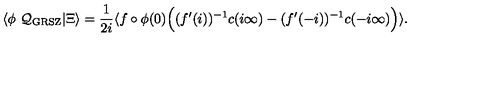
\langle \phi \ { \cal Q _ { \mathrm { G R S Z } } } | \Xi \rangle = { \frac { 1 } { 2 i } } \langle f \circ \phi ( 0 ) \Bigl ( ( f ^ { \prime } ( i ) ) ^ { - 1 } c ( i \infty ) - ( f ^ { \prime } ( - i ) ) ^ { - 1 } c ( - i \infty ) \Bigr ) \rangle .